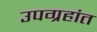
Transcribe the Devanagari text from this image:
उपग्रहांत